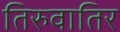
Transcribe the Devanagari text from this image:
तिरुवातिर